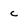
Character: c